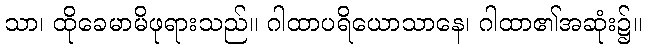
သာ၊ ထိုခေမာမိဖုရားသည်။ ဂါထာပရိယောသာနေ၊ ဂါထာ၏အဆုံး၌။